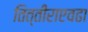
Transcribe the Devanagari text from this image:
तित्तीराएवढा